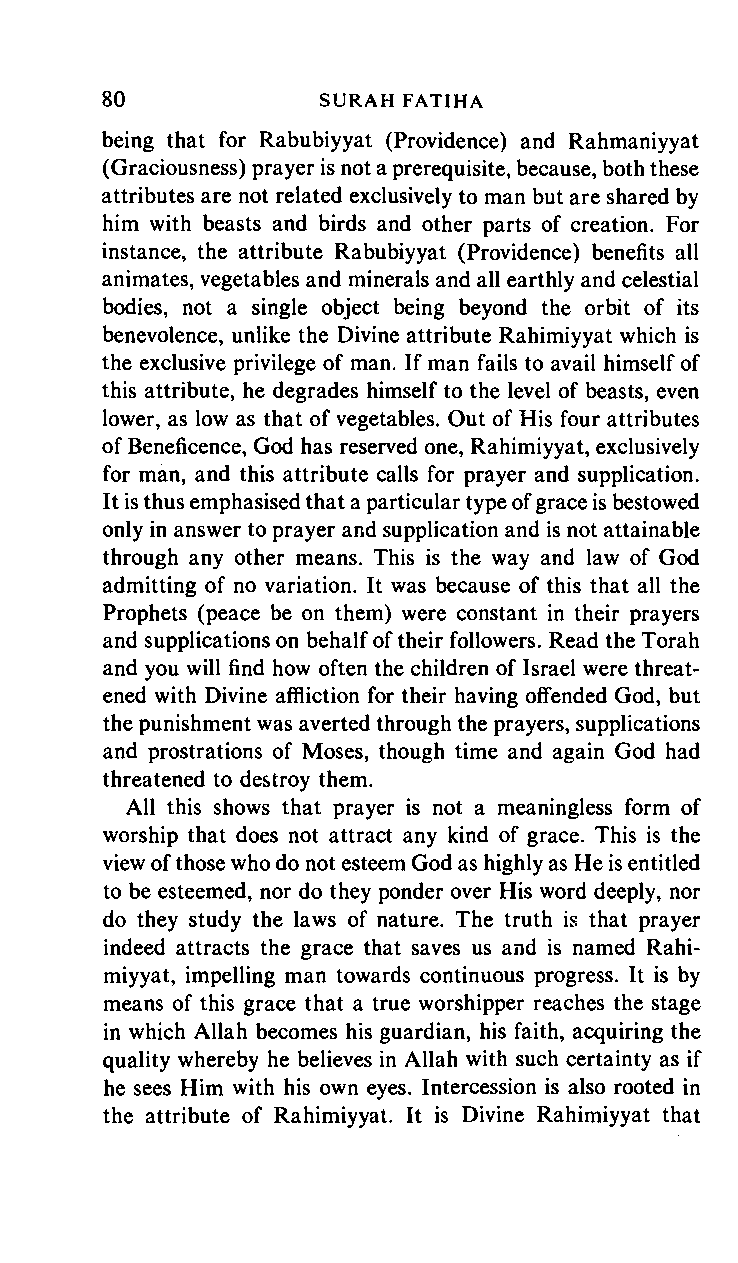
80     SURAH      FATIHA
 being that for Rabubiyyat (Providence) and Rahmaniyyat
 (Graciousness) prayer is not a prerequisite, because, both these
 attributes are not related exclusively to man but are shared by
 him with beasts and birds and other parts of creation. For
 instance, the attribute Rabubiyyat (Providence) benefits all
 animates, vegetables and minerals and all earthly and celestial
 bodies, not a single object being beyond the orbit of its
 benevolence, unlike the Divine attribute Rahimiyyat which is
 the exclusive privilege of man. If man fails to avail himself of
 this attribute, he degrades himself to the level of beasts, even
 lower, as low as that of vegetables. Out of His four attributes
 of Beneficence, God has reserved one, Rahimiyyat, exclusively
 for man, and this attribute calls for prayer and supplication.
 It is thus emphasised that a particular type of grace is bestowed
 only in answer to prayer and supplication and is not attainable
 through any other means. This is the way and law of God
 admitting of no variation. It was because of this that all the
 Prophets (peace be on them) were constant in their prayers
 and supplications on behalf of their followers. Read the Torah
 and you will find how often the children of Israel were threat
 ened with Divine affliction for their having offended God, but
 the punishment was averted through the prayers, supplications
 and prostrations of Moses, though time and again God had
 threatened to destroy them.
 All this shows that prayer is not a meaningless form of
 worship that does not attract any kind of grace. This is the
 view of those who do not esteem God as highly as He is entitled
 to be esteemed, nor do they ponder over His word deeply, nor
 do they study the laws of nature. The truth is that prayer
 indeed attracts the grace that saves us and is named Rahi
 miyyat, impelling man towards continuous progress. It is by
 means of this grace that a true worshipper reaches the stage
 in which Allah becomes his guardian, his faith, acquiring the
 quality whereby he believes in Allah with such certainty as if
 he sees Him with his own eyes. Intercession is also rooted in
 the attribute of Rahimiyyat. It is Divine Rahimiyyat that